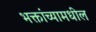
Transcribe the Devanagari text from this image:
भक्तांच्यामधील